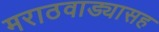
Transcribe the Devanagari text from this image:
मराठवाड्यासह